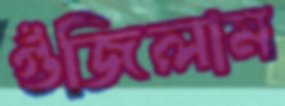
গুঁজিলাম